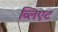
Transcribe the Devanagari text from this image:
व्लिएट